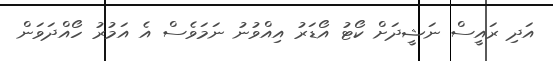
އަދި ރައީސް ނަޝީދަށް ކޯޓު އޯޑަރު އިއްވުނު ނަމަވެސް އެ އަމުރު ހޯއްދަވަން